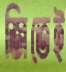
জিতেই